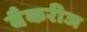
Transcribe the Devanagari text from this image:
बैकरीज